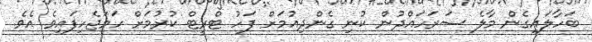
ބަހާލައިގެން މާލެ ސަރަހައްދުން ކުނި ގެންދިއުމަށް ފަހު ޓްރީޓް ކުރުމަށް ހަމަޖެހިފައިވެ އެވެ.